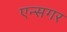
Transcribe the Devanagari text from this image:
एन्सगर